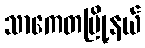
သာကေတမြို့နယ်